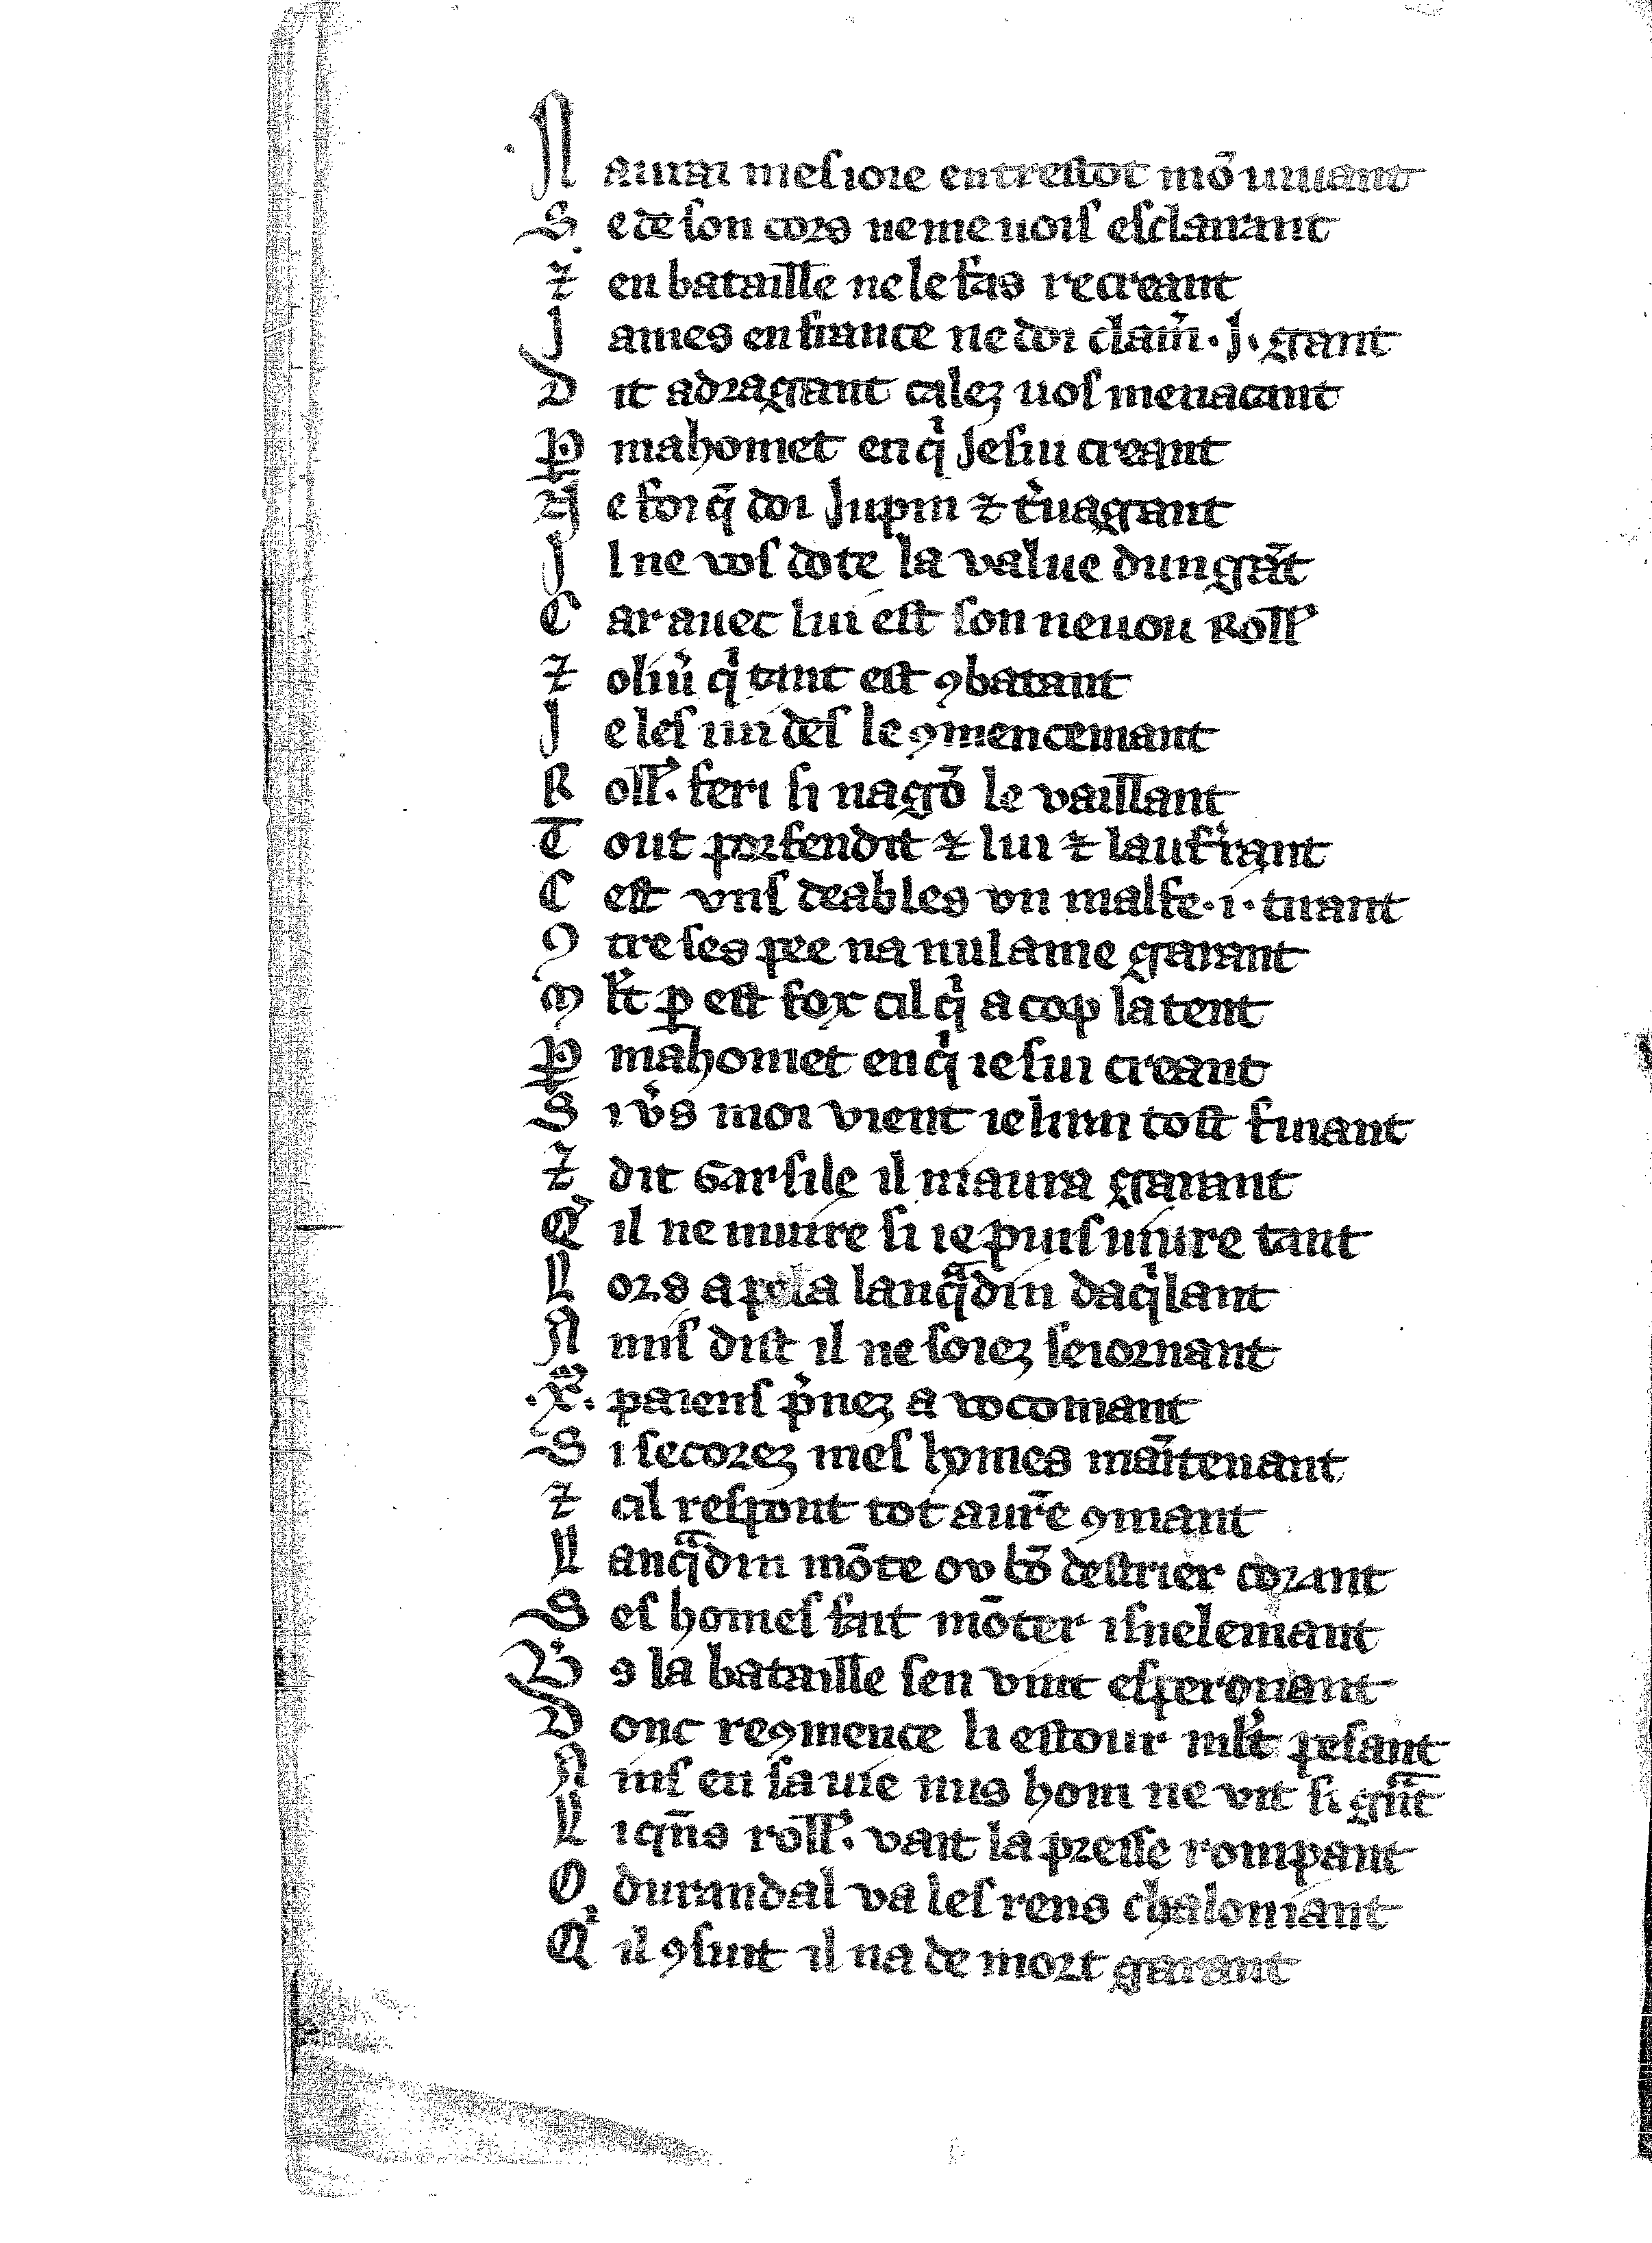
Shelfmark: Vatican, Biblioteca apostolica vaticana, Reg.lat. 1616
Century: 14